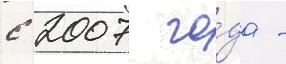
с 2007 го́да -